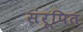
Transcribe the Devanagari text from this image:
संरूपित